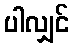
ပါလျှင်